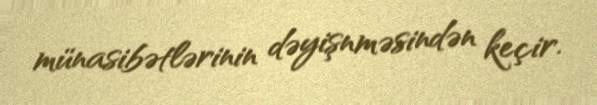
münasibətlərinin dəyişnməsindən keçir.